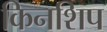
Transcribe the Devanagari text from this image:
किनशिप